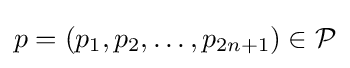
p=(p_{1},p_{2},\ldots ,p_{2n+1})\in {\mathcal {P}}